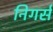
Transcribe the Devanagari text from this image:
निगर्स